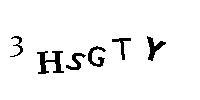
3HSGTY